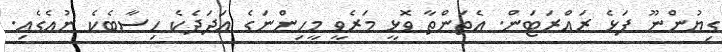
ގިޔުންނޫ ފަޅެ ރައްރަޓަން. އެތަންތާ ވޮޅީ މަރެވީ މީހިންނަގެ އަދަދެކެ ހިސާބެކެ ނުއެގެއި.